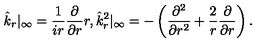
\hat { k } _ { r } | _ { \infty } = { \frac { 1 } { i r } } { \frac { \partial } { \partial r } } r , \hat { k } _ { r } ^ { 2 } | _ { \infty } = - \left( { \frac { \partial ^ { 2 } } { \partial r ^ { 2 } } } + { \frac { 2 } { r } } { \frac { \partial } { \partial r } } \right) .